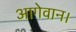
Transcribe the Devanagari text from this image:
आगेवान।